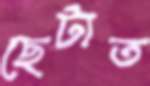
ছেটাত